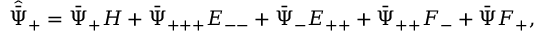
\hat { \bar { \Psi } } _ { + } = \bar { \Psi } _ { + } H + \bar { \Psi } _ { + + + } E _ { -- } + \bar { \Psi } _ { - } E _ { + + } + \bar { \Psi } _ { + + } F _ { - } + \bar { \Psi } F _ { + } ,